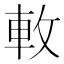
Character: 𨊴